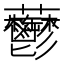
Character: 䖇